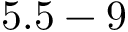
5 . 5 - 9